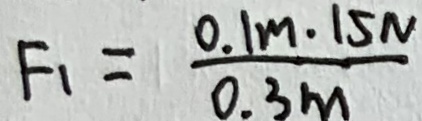
F _ { 1 } = \frac { 0 . 1 m \cdot 1 5 N } { 0 . 3 m }